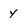
Character: y